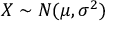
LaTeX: \textstyle X \sim N ( \mu , \sigma ^ { 2 } )